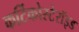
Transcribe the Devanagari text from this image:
कर्टिकोस्टेरॉइड